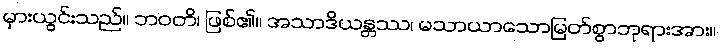
မှားယွင်းသည်။ ဘဝတိ၊ ဖြစ်၏။ အသာဒိယန္တဿ၊ မသာယာသောမြတ်စွာဘုရားအား။